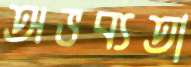
অভব্যতা